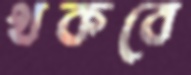
থকবে